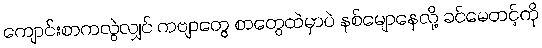
ကျောင်းစာကလွဲလျှင် ကဗျာတွေ စာတွေထဲမှာပဲ နစ်မျောနေလို့ ခင်မေတင့်ကို